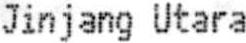
JINJANG UTARA